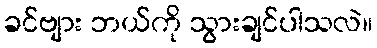
ခင်ဗျား ဘယ်ကို သွားချင်ပါသလဲ။